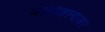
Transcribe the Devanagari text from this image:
मागितल्यावर